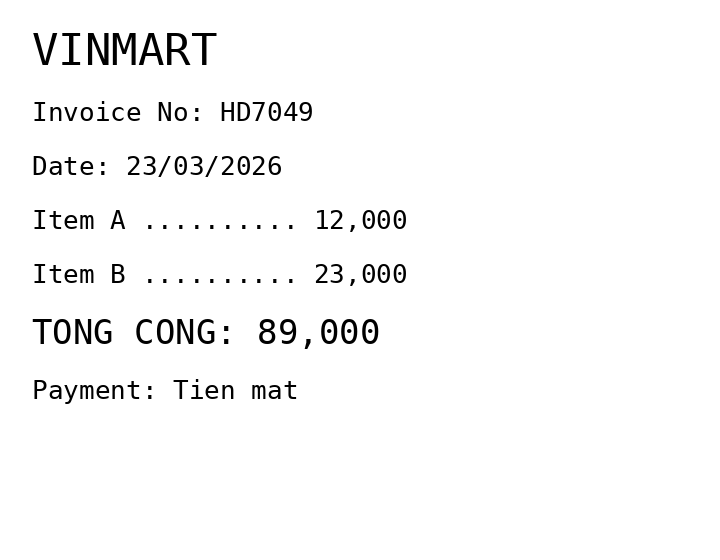
VINMART
Invoice No: HD7049
Date: 23/03/2026
Item A .......... 12,000
Item B .......... 23,000
TONG CONG: 89,000
Payment: Tien mat
Merchant: vinmart
Date: 2026-03-23
Total: 89000
Invoice No: HD7049
Payment method: CASH